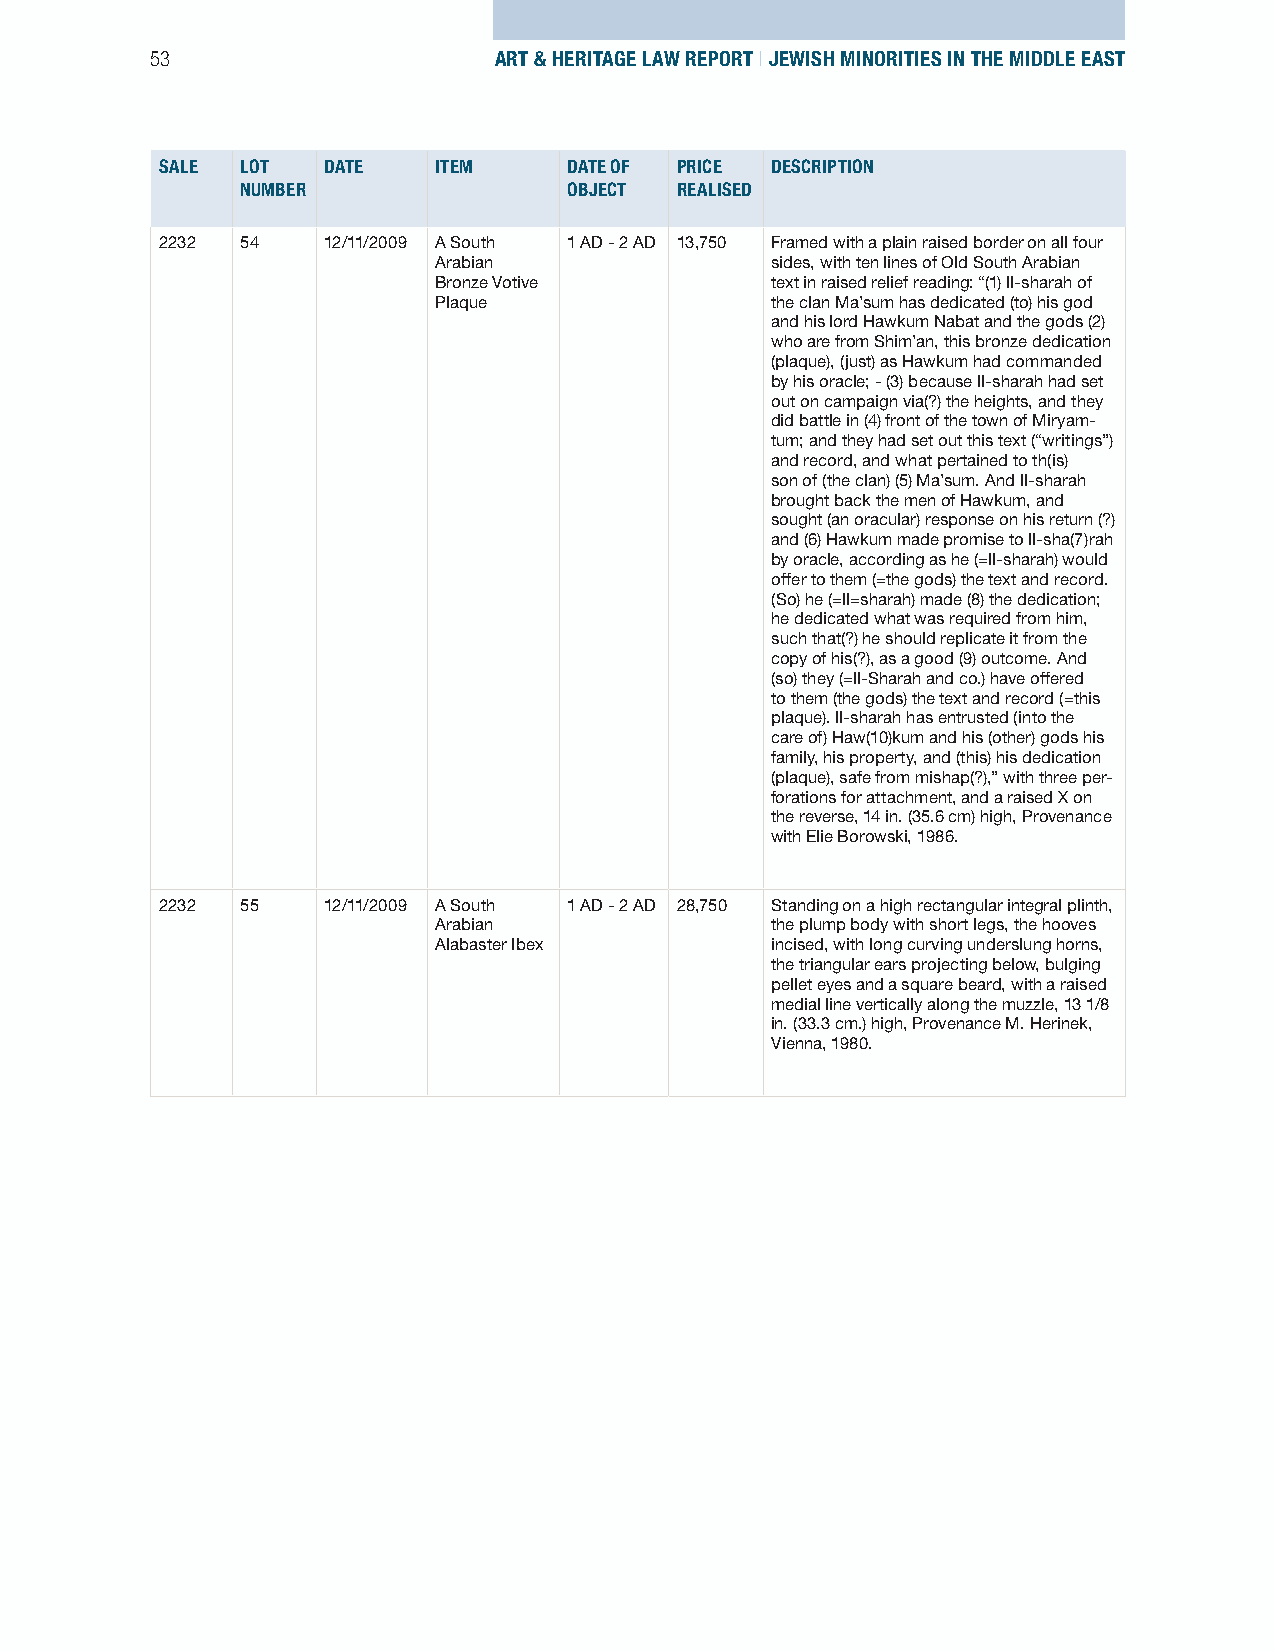
53                     ART & HERITAGE LAW REPORT | JEWISH MINORITIES IN THE MIDDLE EAST
 SALE LOT  DATE    ITEM     DATE OF PRICE DESCRIPTION
 NUMBER                OBJECT REALISED
 2232 54   12/11/2009 A South 1 AD - 2 AD 13,750 Framed with a plain raised border on all four
 Arabian               sides, with ten lines of Old South Arabian
 Bronze Votive         text in raised relief reading: “(1) Il-sharah of
 Plaque                the clan Ma’sum has dedicated (to) his god
 and his lord Hawkum Nabat and the gods (2)
 who are from Shim’an, this bronze dedication
 (plaque), (just) as Hawkum had commanded
 by his oracle; - (3) because Il-sharah had set
 out on campaign via(?) the heights, and they
 did battle in (4) front of the town of Miryam-
 tum; and they had set out this text (“writings”)
 and record, and what pertained to th(is)
 son of (the clan) (5) Ma’sum. And Il-sharah
 brought back the men of Hawkum, and
 sought (an oracular) response on his return (?)
 and (6) Hawkum made promise to Il-sha(7)rah
 by oracle, according as he (=Il-sharah) would
 offer to them (=the gods) the text and record.
 (So) he (=Il=sharah) made (8) the dedication;
 he dedicated what was required from him,
 such that(?) he should replicate it from the
 copy of his(?), as a good (9) outcome. And
 (so) they (=Il-Sharah and co.) have offered
 to them (the gods) the text and record (=this
 plaque). Il-sharah has entrusted (into the
 care of) Haw(10)kum and his (other) gods his
 family, his property, and (this) his dedication
 (plaque), safe from mishap(?),” with three per-
 forations for attachment, and a raised X on
 the reverse, 14 in. (35.6 cm) high, Provenance
 with Elie Borowski, 1986.
 2232 55   12/11/2009 A South 1 AD - 2 AD 28,750 Standing on a high rectangular integral plinth,
 Arabian               the plump body with short legs, the hooves
 Alabaster Ibex        incised, with long curving underslung horns,
 the triangular ears projecting below, bulging
 pellet eyes and a square beard, with a raised
 medial line vertically along the muzzle, 13 1/8
 in. (33.3 cm.) high, Provenance M. Herinek,
 Vienna, 1980.